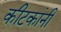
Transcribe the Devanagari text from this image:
कीटकांनी